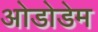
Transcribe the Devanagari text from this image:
ओडोडेम